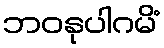
ဘဝနုပါဂမိံ